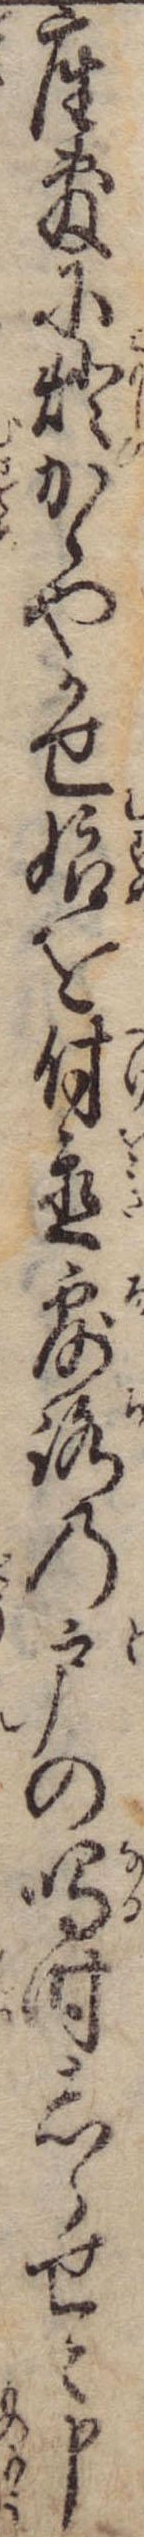
座敷に灯かゝやかせ娘を付置露路の戸の鳴時しらせと申